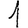
Digit: 1